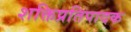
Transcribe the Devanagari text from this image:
शक्तिप्रतिपादक